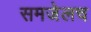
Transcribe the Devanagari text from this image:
समजेलच